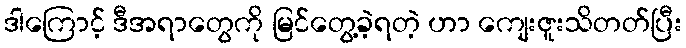
ဒါကြောင့် ဒီအရာတွေကို မြင်တွေ့ခဲ့ရတဲ့ ဟာ ကျေးဇူးသိတတ်ပြီး